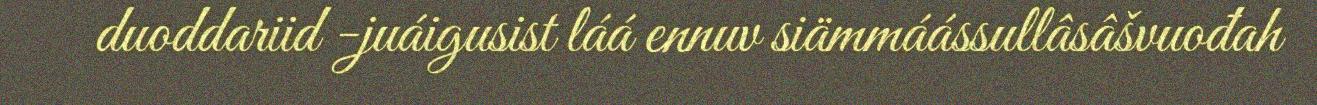
duoddariid -juáigusist láá ennuv siämmáássullâsâšvuođah